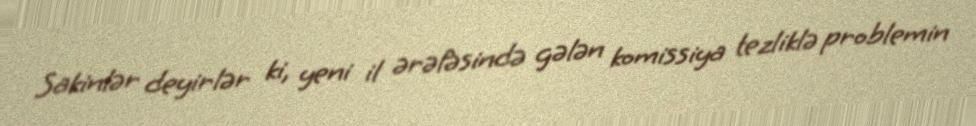
Sakinlər deyirlər ki, yeni il ərəfəsində gələn komissiya tezliklə problemin